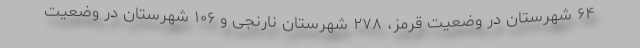
۶۴ شهرستان در وضعیت قرمز، ۲۷۸ شهرستان نارنجی و ۱۰۶ شهرستان در وضعیت